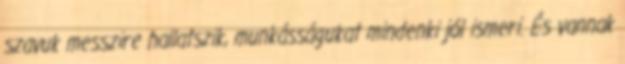
szavuk messzire hallatszik, munkásságukat mindenki jól ismeri. És vannak